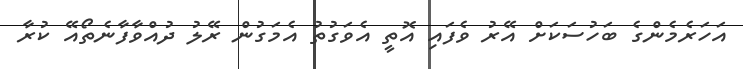
އަހަރެމެންގެ ބަހުސަކަށް އޭރު ވެފައި އޮތީ އެވަގުތު އެމަގުން ރޭލު ދުއްވާފާނެތޯއޭ ކުރާ